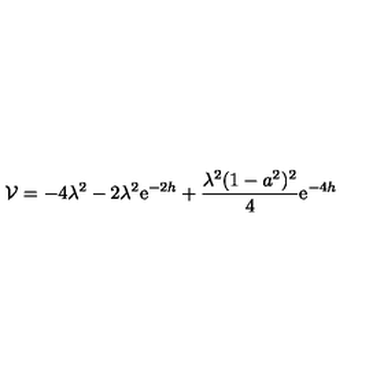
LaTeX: { \cal V } = - 4 \lambda ^ { 2 } - 2 \lambda ^ { 2 } \mathrm { e } ^ { - 2 h } + \frac { \lambda ^ { 2 } ( 1 - a ^ { 2 } ) ^ { 2 } } { 4 } \mathrm { e } ^ { - 4 h }